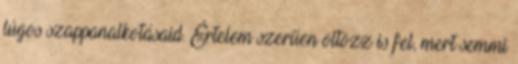
lúgos szappanalkotásaid. Értelem szerűen öltözz is fel, mert semmi